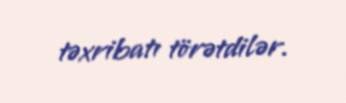
təxribatı törətdilər.